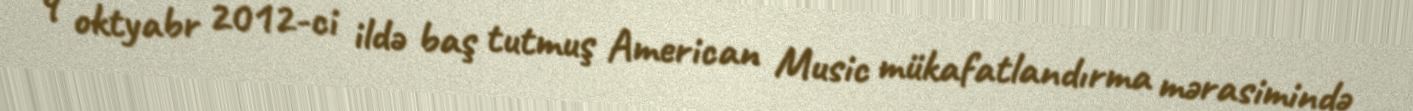
9 oktyabr 2012-ci ildə baş tutmuş American Music mükafatlandırma mərasimində